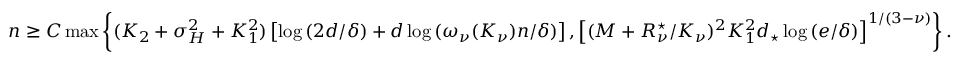
\begin{array} { r } { n \ge C \operatorname* { m a x } \left\{ ( K _ { 2 } + \sigma _ { H } ^ { 2 } + K _ { 1 } ^ { 2 } ) \left[ \log { ( 2 d / \delta ) } + d \log { ( \omega _ { \nu } ( K _ { \nu } ) n / \delta ) } \right] , \left[ ( M + R _ { \nu } ^ { \star } / K _ { \nu } ) ^ { 2 } K _ { 1 } ^ { 2 } d _ { \star } \log { ( e / \delta ) } \right] ^ { 1 / ( 3 - \nu ) } \right\} . } \end{array}